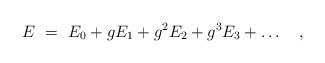
LaTeX: \begin{align*}E~=~E_0 + gE_1 + g^2E_2 + g^3E_3 + \ldots \quad , \end{align*}